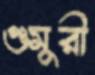
গুমুরী